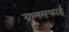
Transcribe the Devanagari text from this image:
ग्रामसफाई